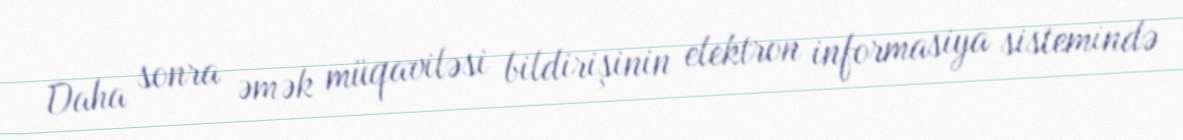
Daha sonra əmək müqaviləsi bildirişinin elektron informasiya sistemində